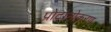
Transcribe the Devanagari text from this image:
प्रोटोनोकरण